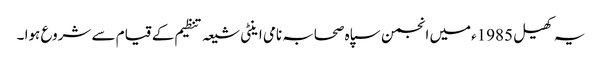
یہ کھیل 1985ءمیں انجمن سپاہ صحابہ نامی اینٹی شیعہ تنظیم کے قیام سے شروع ہوا ۔